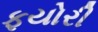
ફયોરી